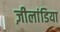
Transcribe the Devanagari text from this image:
ज़ीलांडिया